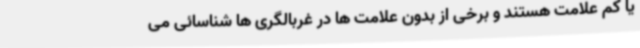
یا کم علامت هستند و برخی از بدون علامت ها در غربالگری ها شناسائی می